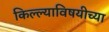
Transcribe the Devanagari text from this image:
किल्ल्याविषयीच्या